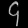
Digit: ၄